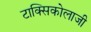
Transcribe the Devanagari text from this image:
टाक्सिकोलाजी